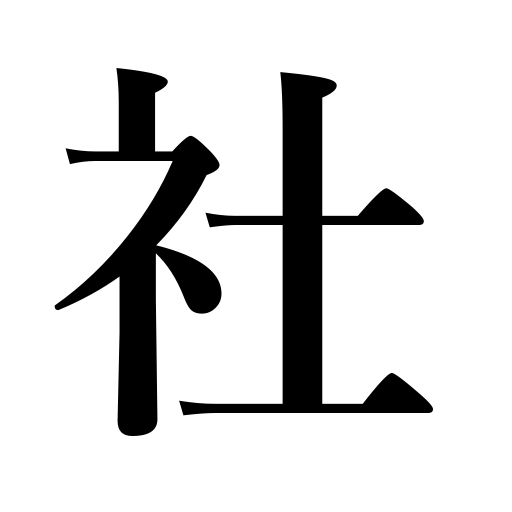
Meanings: association,Shinto shrine,firm,company,office